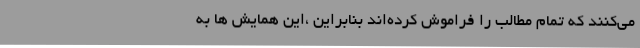
می‌کنند که تمام مطالب را فراموش کرده‌اند بنابراین ،این همایش ها به